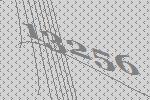
13256